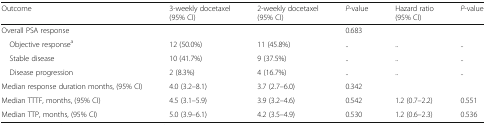
<table><thead><tr><td><b>Outcome</b></td><td><b>3-weekly docetaxel(95% CI)</b></td><td><b>2-weekly docetaxel(95% CI)</b></td><td><b><i>P</i>-value</b></td><td><b>Hazard ratio(95% CI)</b></td><td><b><i>P</i>-value</b></td></tr></thead><tbody><tr><td>Overall PSA response</td><td></td><td></td><td>0.683</td><td></td><td></td></tr><tr><td> Objective response<sup>a</sup></td><td>12 (50.0%)</td><td>11 (45.8%)</td><td>..</td><td>..</td><td>..</td></tr><tr><td> Stable disease</td><td>10 (41.7%)</td><td>9 (37.5%)</td><td>..</td><td>..</td><td>..</td></tr><tr><td> Disease progression</td><td>2 (8.3%)</td><td>4 (16.7%)</td><td>..</td><td>..</td><td>..</td></tr><tr><td>Median response duration months, (95% CI)</td><td>4.0 (3.2–8.1)</td><td>3.7 (2.7–6.0)</td><td>0.342</td><td></td><td></td></tr><tr><td>Median TTTF, months, (95% CI)</td><td>4.5 (3.1–5.9)</td><td>3.9 (3.2–4.6)</td><td>0.542</td><td>1.2 (0.7–2.2)</td><td>0.551</td></tr><tr><td>Median TTP, months, (95% CI)</td><td>5.0 (3.9–6.1)</td><td>4.2 (3.5–4.9)</td><td>0.530</td><td>1.2 (0.6–2.3)</td><td>0.536</td></tr></tbody></table>